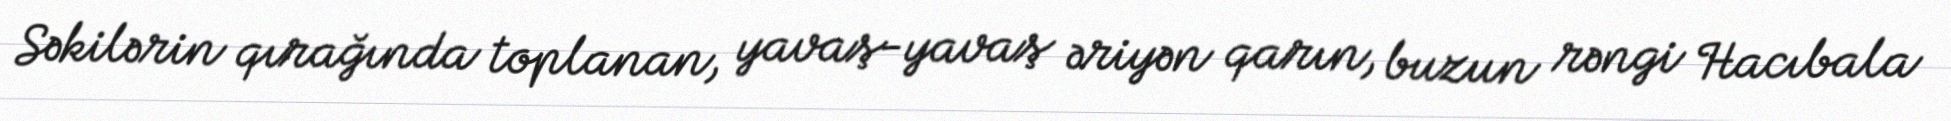
Səkilərin qırağında toplanan, yavaş-yavaş əriyən qarın, buzun rəngi Hacıbala